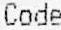
CODE